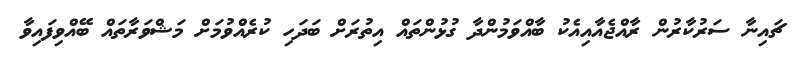
ޗައިނާ ސަރުކާރުން ރާއްޖެއާއިއެކު ބާއްވަމުންދާ ގުޅުންތައް އިތުރަށް ބަދަހި ކުރެއްވުމަށް މަޝްވަރާތައް ބޭއްވިފައިވާ